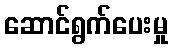
ဆောင်ရွက်ပေးမှု